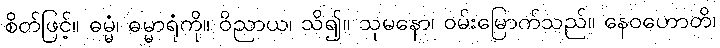
စိတ်ဖြင့်။ ဓမ္မံ၊ ဓမ္မာရုံကို။ ဝိညာယ၊ သိ၍။ သုမနော၊ ဝမ်းမြောက်သည်။ နေဝဟောတိ၊